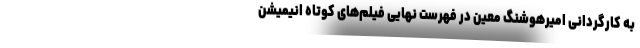
به کارگردانی امیرهوشنگ معین در فهرست نهایی فیلم‌های کوتاه انیمیشن